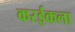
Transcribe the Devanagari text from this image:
करईकला